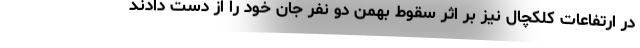
در ارتفاعات کلکچال نیز بر اثر سقوط بهمن دو نفر جان خود را از دست دادند